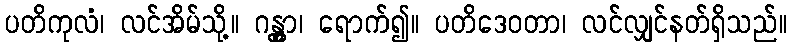
ပတိကုလံ၊ လင်အိမ်သို့။ ဂန္တွာ၊ ရောက်၍။ ပတိဒေဝတာ၊ လင်လျှင်နတ်ရှိသည်။